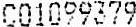
C01099379